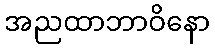
အညထာဘာဝိနော